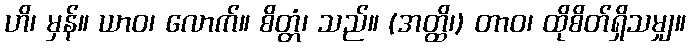
ဟိ၊ မှန်။ ယာဝ၊ လောက်။ စိတ္တံ၊ သည်။ (အတ္ထိ၊) တာဝ၊ ထိုစိတ်ရှိသမျှ။